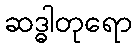
ဆဒ္ဓါတုရော